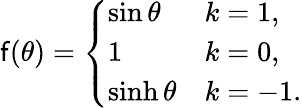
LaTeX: \mathsf{f}(\theta)=\left\{ \begin{array}{ll}{{\sin\theta}}&{{k=1,}}\\ {{1}}&{{k=0,}}\\ {{\sinh\theta}}&{{k=-1.}}\end{array}\right.